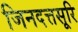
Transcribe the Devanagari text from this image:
जिनदत्तसूरि